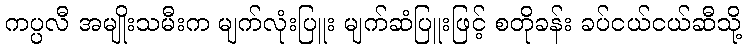
ကပ္ပလီ အမျိုးသမီးက မျက်လုံးပြူး မျက်ဆံပြူးဖြင့် စတိုခန်း ခပ်ငယ်ငယ်ဆီသို့